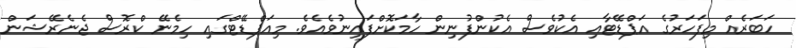
ހަބަރެއް މިފަހަރުގެ އަޕްޑޭޓާއި އެކުވެސް އެކުންފުނިން ހާމަކޮށްފައިނުވެއެވެ. މިއަޕްޑޭޓްގައި ހިމެނޭ ކްރޮސް ޖެނެރޭޝަން